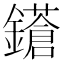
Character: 𨮤